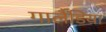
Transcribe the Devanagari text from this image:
गार्लैंडिया